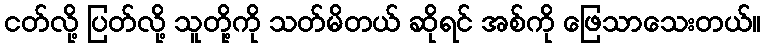
ငတ်လို့ ပြတ်လို့ သူတို့ကို သတ်မိတယ် ဆိုရင် အစ်ကို ဖြေသာသေးတယ်။